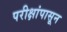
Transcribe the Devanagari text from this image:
परीक्षांपासून